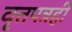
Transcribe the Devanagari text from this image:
वृत्तपत्रही